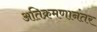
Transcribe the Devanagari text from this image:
अतिक्रमणानंतर